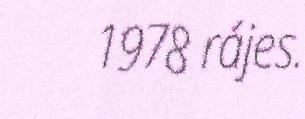
1978 rájes.